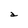
Character: a